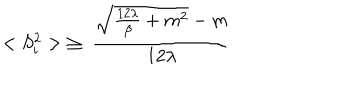
< S _ { i } ^ { 2 } > \; \ge \; \frac { { \sqrt { \frac { 1 2 \lambda } { \beta } + m ^ { 2 } } } - m } { 1 2 \lambda }